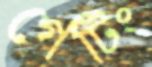
গেটিং